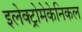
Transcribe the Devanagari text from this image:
इलेक्ट्रोमेकेनिकल